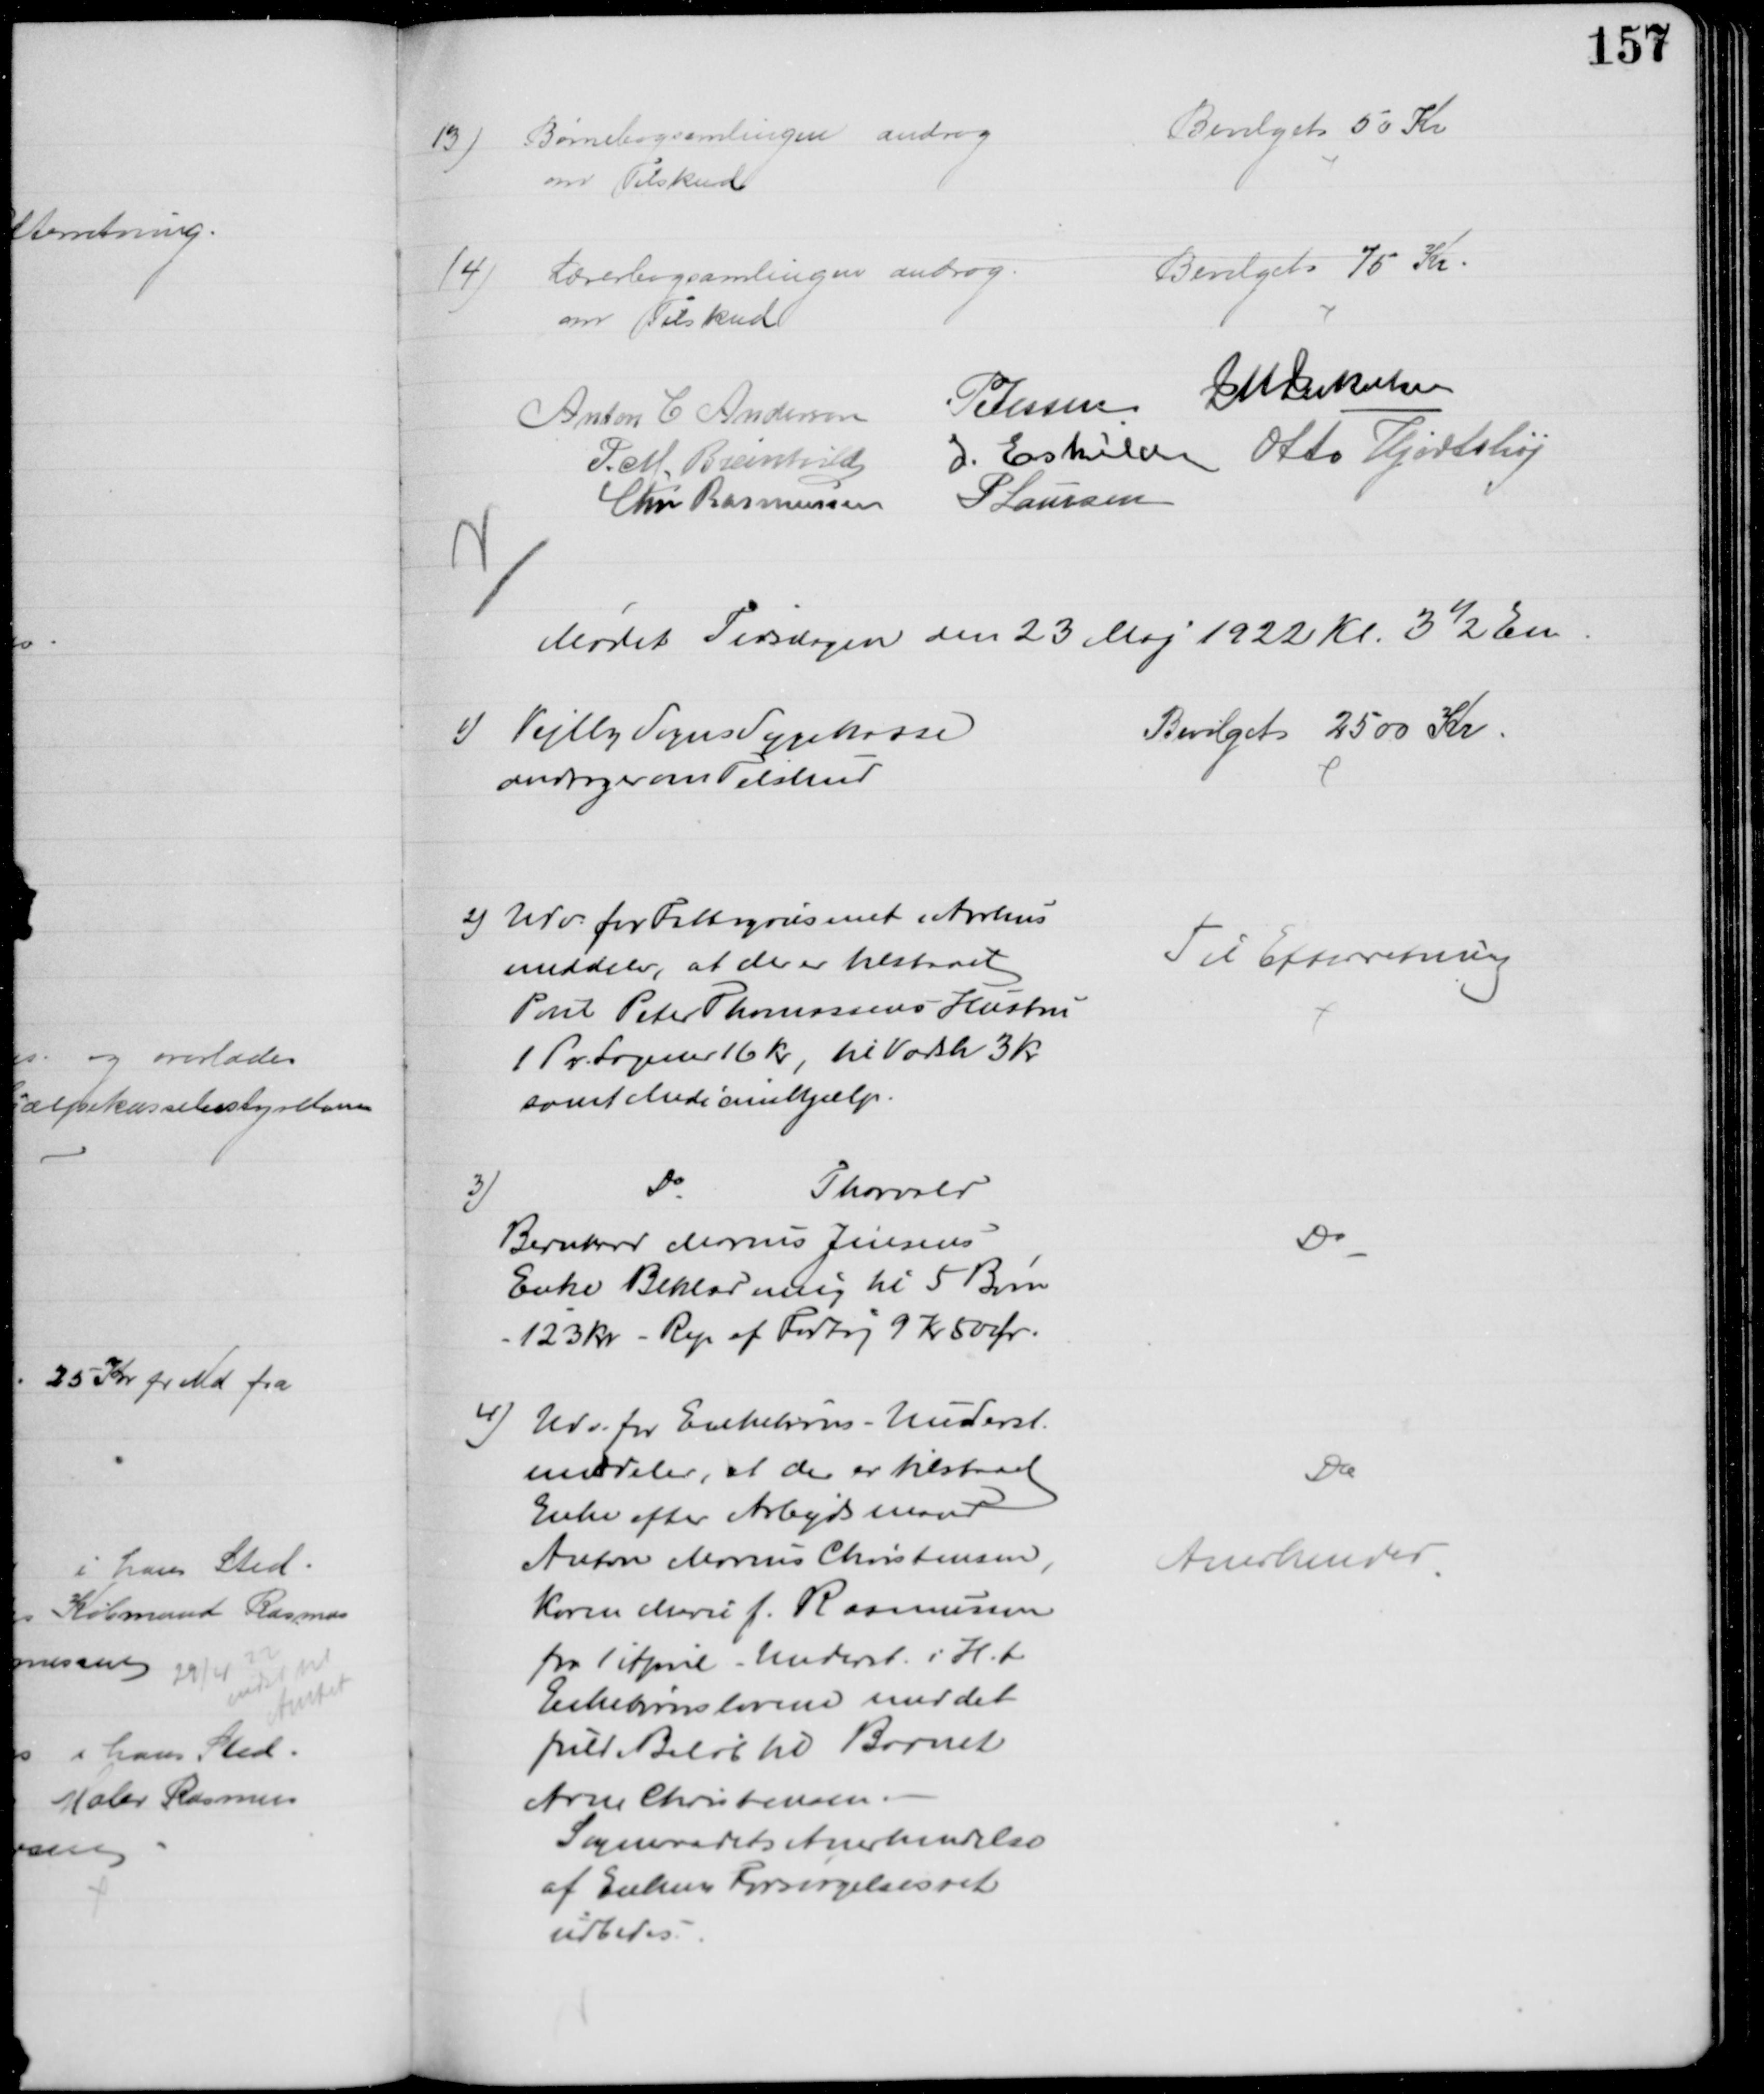
Transskription:
13)
Børnebogsamlingen androg 
om Tilskud
Bevilget 50 Kr
14)
Lærerbogssamlingen androg
om Tilskud
Bevilget 75 Kr
Anton C Andersen
PJessen
J M Jakobsen
P. M. Breinhild
I. Eskildsen Otto Hjortshøj
Chr Rasmussen
P Laursen
Mødet Tirsdagen den 23 Maj 1922 Kl. 3½ Em
1) Vejlby Sogns Sygekasse
andrager om Tilskud
Bevilget 2500 Kr
2) Udv. for Fattigvæsenet i Aarhus
meddeler, at der er tilstaaet
Poul Peter Thomassens Hustru
1 Pr. Lagener 16 Kr, til Vadsk 3 Kr.
samt Medicinhjælp.
Til Efterretning
3)
Do
Thorvald
Bernhard Marius Jensens
Enke Beklædning til 5 Børn
123 Kr - Rep af Fodtøj 9 Kr 50 Ør.
Do
4) Udv. for Enkebørns-Underst.
meddeler, at der er tilstaaet
Enke efter Arbejdsmand
Anton Marius Christensen,
Karen Marie f. Rasmussen
fra 1 April Underst. i H.t.
Enkebørnsloven med det
fuld Beløb til Barnet
Arne Christensen
Sogneraadets Anerkendelse
af Enkens Forsørgelsesret
udbedes.
Do
Anerkendes